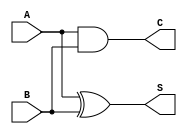
module half_adder (
    input wire A,    // First single-bit input
    input wire B,    // Second single-bit input
    output wire S,   // Sum output
    output wire C    // Carry output
);

// Compute the Sum using XOR
assign S = A ^ B;

// Compute the Carry using AND
assign C = A & B;

endmodule